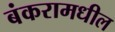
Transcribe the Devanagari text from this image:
बंकरामधील